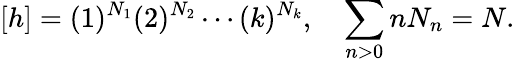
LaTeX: [h]=(1)^{N_{1}}(2)^{N_{2}}\cdots(k)^{N_{k}},\quad\sum_{n>0}nN_{n}=N.